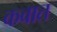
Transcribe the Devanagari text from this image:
कवात